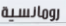
رومانسية